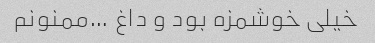
خیلی خوشمزه بود و داغ …ممنونم